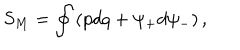
S _ { M } = \oint \left( p d q + \psi _ { + } d \psi _ { - } \right) ,